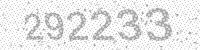
Solution: 292233